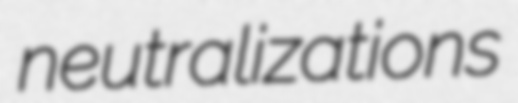
neutralizations